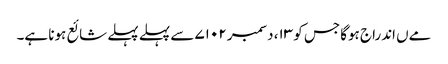
مےں اندراج ہوگا جس کو ۱۳، دسمبر ۷۱۰۲ سے پہلے پہلے شائع ہونا ہے۔